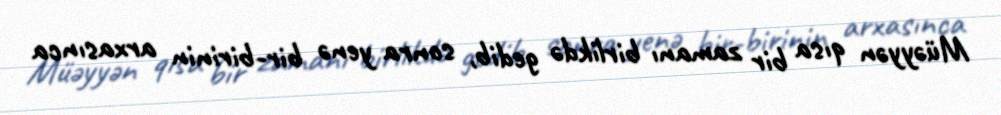
Müəyyən qısa bir zamanı birlikdə gedib, sonra yenə bir-birinin arxasınca